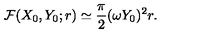
{ \cal F } ( X _ { 0 } , Y _ { 0 } ; r ) \simeq \frac { \pi } { 2 } ( \omega Y _ { 0 } ) ^ { 2 } r .